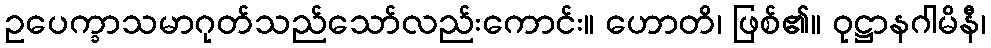
ဥပေက္ခာသမာဂုတ်သည်သော်လည်းကောင်း။ ဟောတိ၊ ဖြစ်၏။ ဝုဋ္ဌာနဂါမိနီ၊